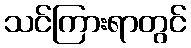
သင်ကြားရာတွင်